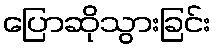
ပြောဆိုသွားခြင်း